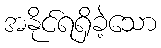
အနိုင်ရရှိခဲ့သော